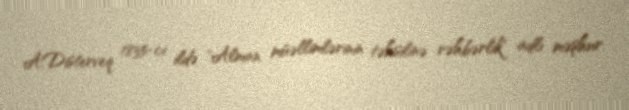
A.Disterveq 1835-ci ildə "Alman müəllimlərinin təhsilinə rəhbərlik" adlı məşhur